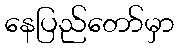
နေပြည်တော်မှာ